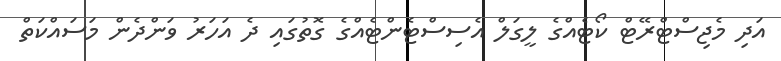
އަދި މެޖިސްޓްރޭޓް ކޯޓެއްގެ ލީގަލް އެސިސްޓެންޓެއްގެ ގޮތުގައި ދެ އަހަރު ވަންދެން މަސައްކަތް